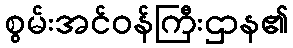
စွမ်းအင်ဝန်ကြီးဌာန၏